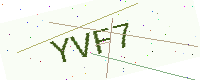
Text: YVF7